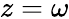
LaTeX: z=\omega